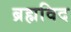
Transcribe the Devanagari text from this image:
ब्रह्मविद